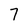
Character: 7